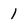
Character: 1